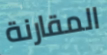
المقارنة